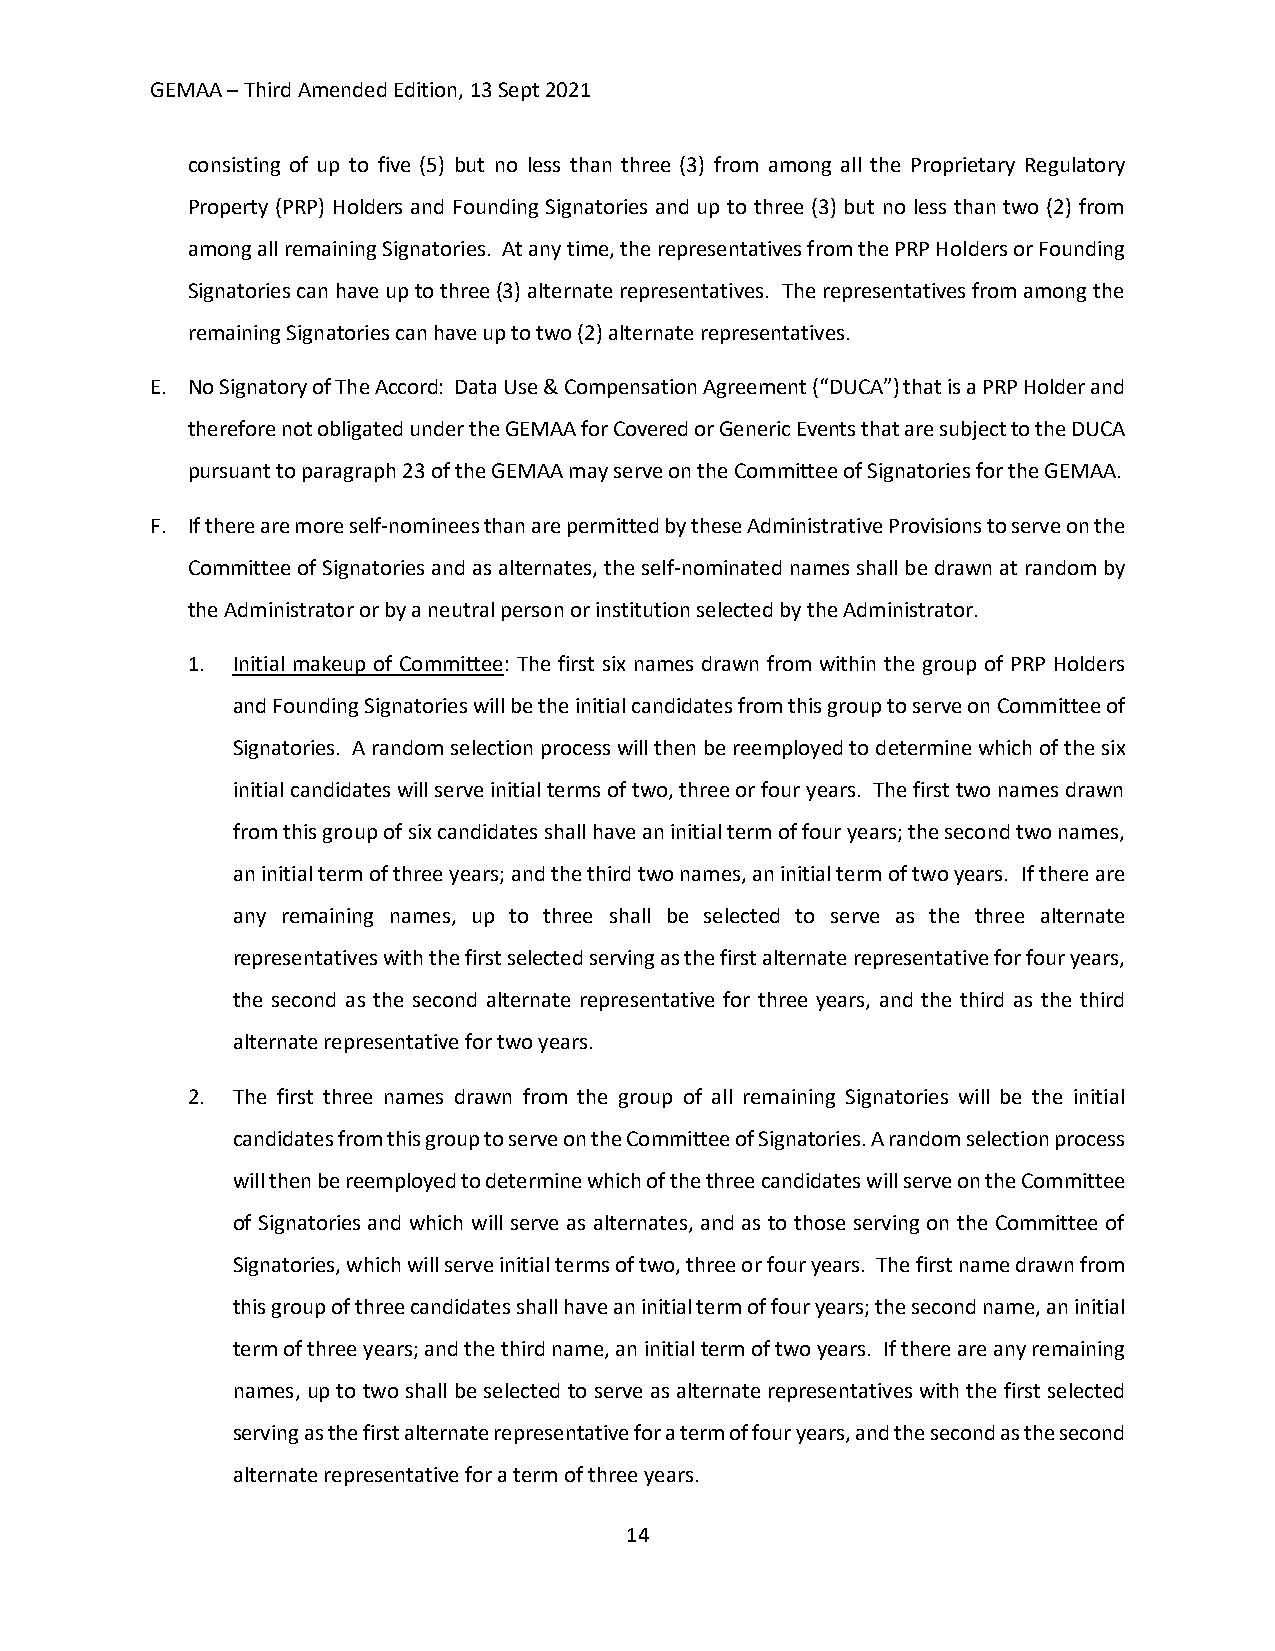
GEMAA – Third Amended Edition, 13 Sept 2021
 consisting of up to five (5) but no less than three (3) from among all the Proprietary Regulatory
 Property (PRP) Holders and Founding Signatories and up to three (3) but no less than two (2) from
 among all remaining Signatories. At any time, the representatives from the PRP Holders or Founding
 Signatories can have up to three (3) alternate representatives. The representatives from among the
 remaining Signatories can have up to two (2) alternate representatives.
 E. No Signatory of The Accord: Data Use & Compensation Agreement (“DUCA”) that is a PRP Holder and
 therefore not obligated under the GEMAA for Covered or Generic Events that are subject to the DUCA
 pursuant to paragraph 23 of the GEMAA may serve on the Committee of Signatories for the GEMAA.
 F. If there are more self-nominees than are permitted by these Administrative Provisions to serve on the
 Committee of Signatories and as alternates, the self-nominated names shall be drawn at random by
 the Administrator or by a neutral person or institution selected by the Administrator.
 1. Initial makeup of Committee: The first six names drawn from within the group of PRP Holders
 and Founding Signatories will be the initial candidates from this group to serve on Committee of
 Signatories. A random selection process will then be reemployed to determine which of the six
 initial candidates will serve initial terms of two, three or four years. The first two names drawn
 from this group of six candidates shall have an initial term of four years; the second two names,
 an initial term of three years; and the third two names, an initial term of two years. If there are
 any remaining names, up to three shall be selected to serve as the three alternate
 representatives with the first selected serving as the first alternate representative for four years,
 the second as the second alternate representative for three years, and the third as the third
 alternate representative for two years.
 2. The first three names drawn from the group of all remaining Signatories will be the initial
 candidates from this group to serve on the Committee of Signatories. A random selection process
 will then be reemployed to determine which of the three candidates will serve on the Committee
 of Signatories and which will serve as alternates, and as to those serving on the Committee of
 Signatories, which will serve initial terms of two, three or four years. The first name drawn from
 this group of three candidates shall have an initial term of four years; the second name, an initial
 term of three years; and the third name, an initial term of two years. If there are any remaining
 names, up to two shall be selected to serve as alternate representatives with the first selected
 serving as the first alternate representative for a term of four years, and the second as the second
 alternate representative for a term of three years.
 14